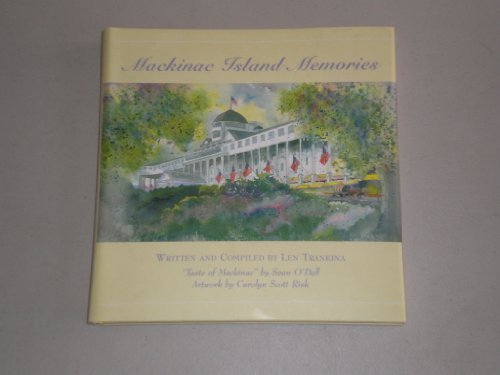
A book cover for Mackinac Island Memories (Travel Memories Series); Len Trankina; Travel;